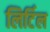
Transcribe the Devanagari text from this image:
लिर्टिल